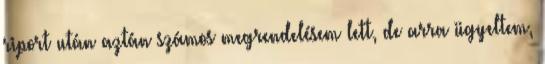
riport után aztán számos megrendelésem lett, de arra ügyeltem,